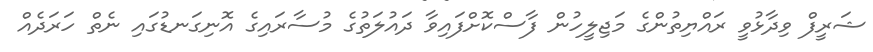
ޝަރީފް ވިދާޅުވީ ރައްޔިތުންގެ މަޖިލީހުން ފާސްކޮށްފައިވާ ދައުލަތުގެ މުސާރައިގެ އޮނިގަނޑުގައި ނެތް ހަރަދެއް